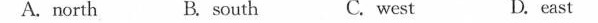
A.north B. south C. west D. east